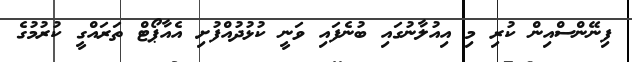
ފިނޭންސްއިން ކުރި މި އިއުލާނުގައި ބުނެފައި ވަނީ ކުޅުދުއްފުށި އެއާޕޯޓް ތަރައްގީ ކުރުމުގެ